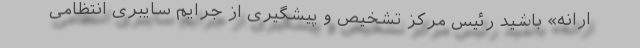
ارانه‌‌» باشید رئیس مرکز تشخیص و پیشگیری از جرایم سایبری انتظامی‌